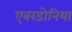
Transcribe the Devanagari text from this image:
एबरडोनिया